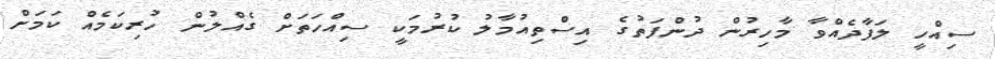
ސިއްހީ ލަފާދެއްވާ މާހިރުން ދުންފަތުގެ އިސްތިއުމާލު ކުރުމަކީ ސިއްހަތަށް ގެއްލުން ހުރިކަމެއް ކަމަށް